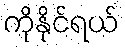
ကိုနိုင်ရယ်